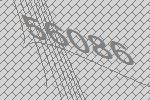
56086